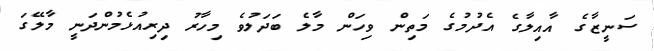
ސަނީޒާގެ އާއިލާގެ އެދުމުގެ މަތިން ވިހަން މާލެ ބަދަލުވެ މިހާރު ދިރިއުޅެމުންދަނީ މާލޭގަ